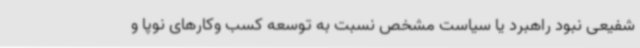
شفیعی نبود راهبرد یا سیاست مشخص نسبت به توسعه کسب وکارهای نوپا و